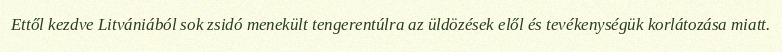
Ettől kezdve Litvániából sok zsidó menekült tengerentúlra az üldözések elől és tevékenységük korlátozása miatt.